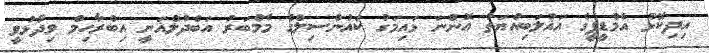
އިދިކޮޅު އެމްޑީޕީގެ އަޣުލަބިއްޔަތު އޮންނަ ޅައިމަގު ކައުންސިލްގެ މެމްބަރު އަބްދުލްޣަނީ އިބްރާހިމް ވިދާޅުވީ